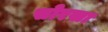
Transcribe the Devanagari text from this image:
सोरखा